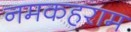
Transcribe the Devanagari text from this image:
नमकहराम